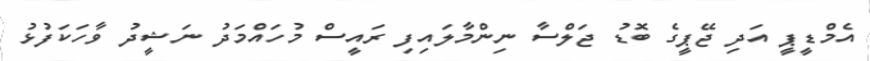
އެމްޑީޕީ އަދި ޖޭޕީގެ ބޮޑު ޖަލްސާ ނިންމާލައިފި ރައީސް މުހައްމަދު ނަޝީދު ވާހަކަފުޅު